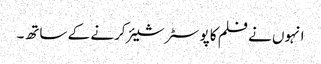
انہوں نے فلم کا پوسٹر شیئر کرنے کے ساتھ۔